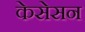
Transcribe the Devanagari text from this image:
केसेसन